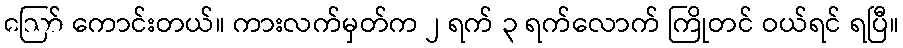
ဪ ကောင်းတယ်။ ကားလက်မှတ်က ၂ ရက် ၃ ရက်လောက် ကြိုတင် ဝယ်ရင် ရပြီ။